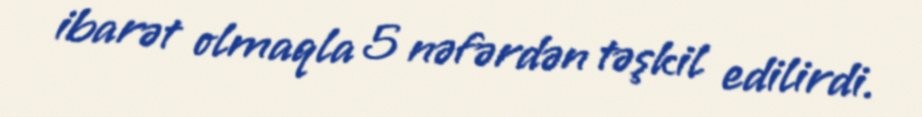
ibarət olmaqla 5 nəfərdən təşkil edilirdi.